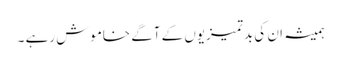
ہمیشہ ان کی بدتمیزیوں کے آگے خاموش رہے ۔